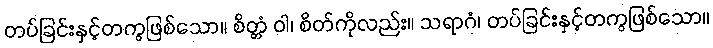
တပ်ခြင်းနှင့်တကွဖြစ်သော။ စိတ္တံ ဝါ၊ စိတ်ကိုလည်း။ သရာဂံ၊ တပ်ခြင်းနှင့်တကွဖြစ်သော။